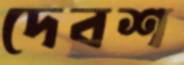
দেবশ